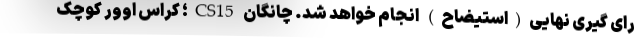
رای گیری نهایی(استیضاح) انجام خواهد شد. چانگان CS15؛ کراس اوور کوچک